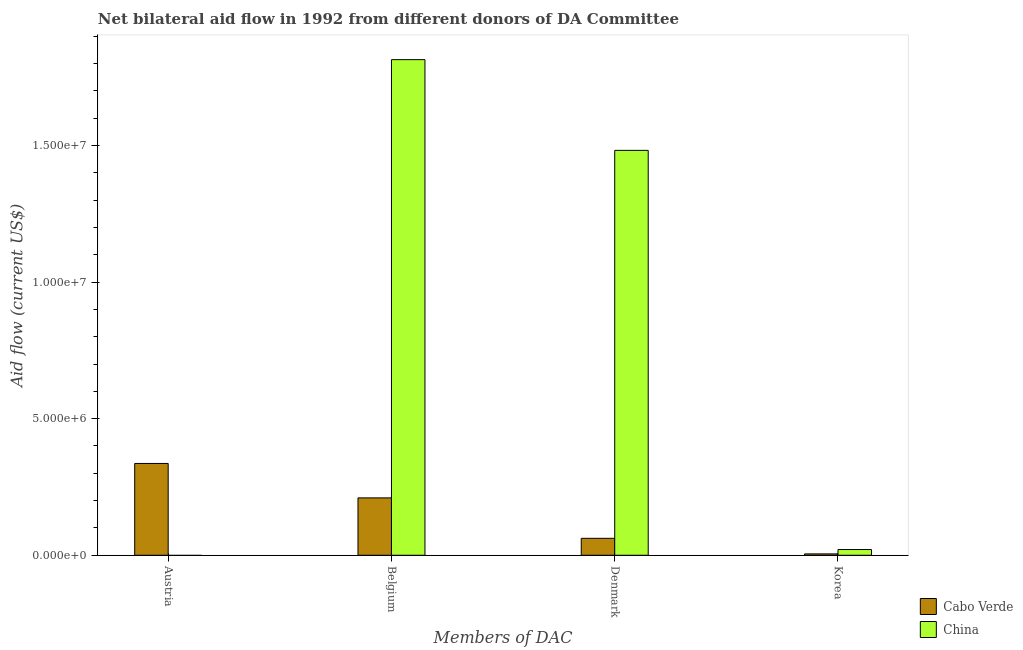
| Members of DAC | Cabo Verde | China |
 | --- | --- | --- |
 | Austria | 3.36e+06 | -2.4e+07 |
 | Belgium | 2.1e+06 | 1.81e+07 |
 | Denmark | 6.2e+05 | 1.48e+07 |
 | Korea | 5e+04 | 2.1e+05 |